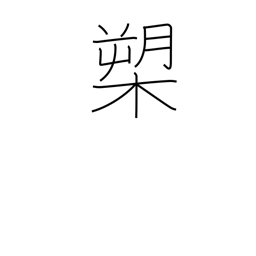
Meaning: halberd